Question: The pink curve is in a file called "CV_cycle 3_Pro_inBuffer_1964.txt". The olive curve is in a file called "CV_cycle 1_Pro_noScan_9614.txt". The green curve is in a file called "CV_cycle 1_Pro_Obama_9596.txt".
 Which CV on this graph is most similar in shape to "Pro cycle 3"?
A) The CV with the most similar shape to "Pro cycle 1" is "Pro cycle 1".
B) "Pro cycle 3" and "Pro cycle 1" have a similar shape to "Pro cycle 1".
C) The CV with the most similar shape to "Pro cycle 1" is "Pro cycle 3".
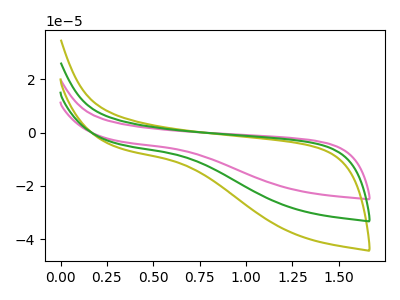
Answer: <think>The pink curve "Pro cycle 3" has no peaks. The olive curve "Pro cycle 1" has no peaks. The green curve "Pro cycle 1" has no peaks.
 Neither "Pro cycle 3" or "Pro cycle 1" have any peaks. Neither "Pro cycle 3" or "Pro cycle 1" have any peaks. Neither "Pro cycle 1" or "Pro cycle 1" have any peaks.</think>
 <answer>B) "Pro cycle 3" and "Pro cycle 1" have a similar shape to "Pro cycle 1".</answer>
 <eval>B</eval>